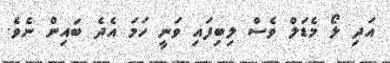
އަދި ލޯ މެޑަލް ވެސް ލިބިފައި ވަނީ ހަމަ އެދެ ބައިން ނެވެ.